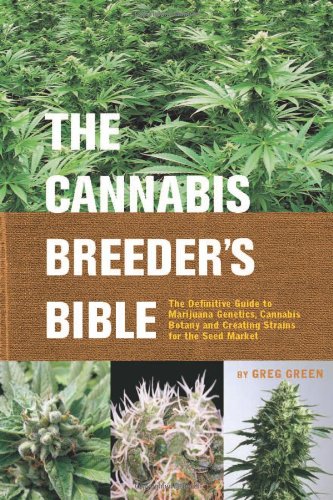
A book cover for The Cannabis Breeder's Bible: The Definitive Guide to Marijuana Genetics, Cannabis Botany and Creating Strains for the Seed Market; Greg Green; Crafts, Hobbies & Home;